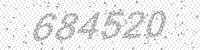
Solution: 684520